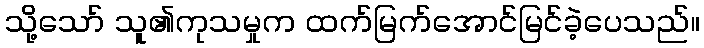
သို့သော် သူ၏ကုသမှုက ထက်မြက်အောင်မြင်ခဲ့ပေသည်။